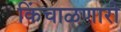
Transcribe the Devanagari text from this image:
किंचाळणारी